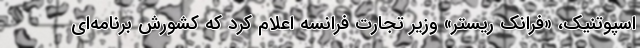
اسپوتنیک، «فرانک ریستر» وزیر تجارت فرانسه اعلام کرد که کشورش برنامه‌ای